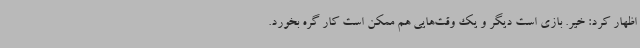
اظهار کرد: خیر. بازی است دیگر و یک وقت‌هایی هم ممکن است کار گره بخورد.